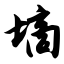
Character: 墒